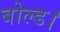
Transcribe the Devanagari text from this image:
बोल्ड।